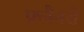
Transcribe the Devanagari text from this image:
फ़्लैनरो